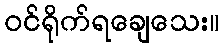
ဝင်ရိုက်ရချေသေး။